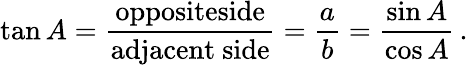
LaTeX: \tan A={\frac{\mathrm{oppositeside}}{\mathrm{adjacent~side}}}={\frac{a}{b}}={\frac{\sin A}{\cos A}}\, .